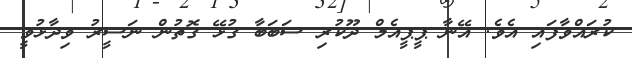
ކުރައްވާފައި އެވެ. އޭނާ ޕީޕީއެމް ދޫކުރި ސަބަބާ ގުޅޭ ގޮތުން ނަސީރު ވިދާޅުވީ